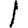
Digit: 1